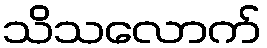
သိသလောက်